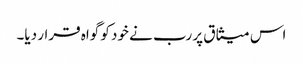
اس میثاق پر رب نے خود کو گواہ قرار دیا۔